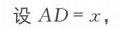
设 \(AD = x\)，